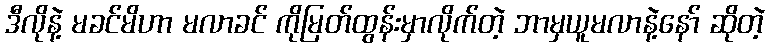
ဒီလိုနဲ့ မခင်မိဟာ မလာခင် ကိုမြတ်ထွန်းမှာလိုက်တဲ့ ဘာမှယူမလာနဲ့နော် ဆိုတဲ့